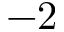
- 2